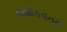
અશોકવનમ